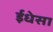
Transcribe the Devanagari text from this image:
ईधेसा